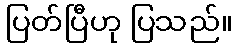
ပြတ်ပြီဟု ပြသည်။